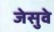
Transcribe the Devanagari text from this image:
जेसुवे